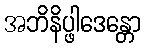
အဘိနိပ္ဖါဒေန္တော